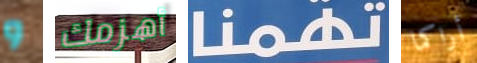
و أهزمك تهمنا أراكما